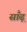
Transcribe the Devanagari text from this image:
साँढ़़